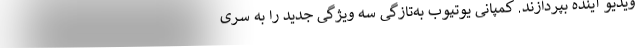
ویدیو آینده بپردازند. کمپانی یوتیوب به‌تازگی سه ویژگی جدید را به سری